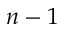
n - 1